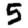
Digit: 5